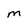
Character: M